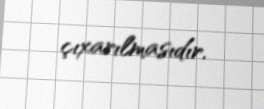
çıxarılmasıdır.